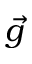
\vec { g }